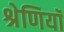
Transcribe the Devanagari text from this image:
श्रेणियॉं